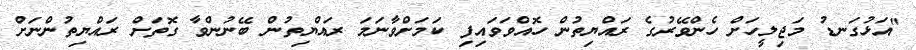
"އަޅުގަނޑު މަޖިލީހަށް ހެންވޭރުގެ ރައްޔިތުން ހޮއްވަވައިފި ކަމަށްވާނަމަ ރައްޔިތުން ބޭނުންވާ ގޮތަށް ރައްޔިތުންނަށް